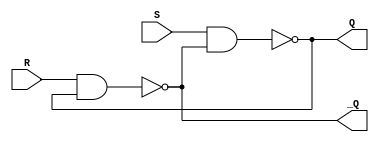
module srlatch (Q, _Q, S, R);

output wire Q, _Q;
input wire S, R;

nand (Q, S, _Q);
nand (_Q, R, Q);

endmodule